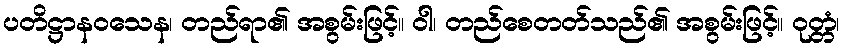
ပတိဋ္ဌာနဝသေန၊ တည်ရာ၏ အစွမ်းဖြင့်။ ဝါ၊ တည်စေတတ်သည်၏ အစွမ်းဖြင့်။ ဝုတ္တံ၊